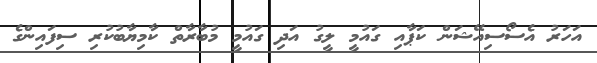
އަހަރު އެސޯސިއޭޝަން ކަޕާއި ގައުމީ ލީގު އަދި ގައުމީ މުބާރާތް ކާމިޔާބުކުރި ސިފައިންގެ